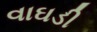
વાઘડી